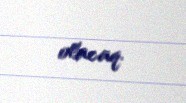
olacaq.